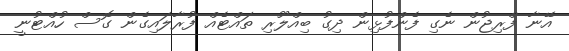
އޭނާ ފްރިޖުން ނެގި ފެންފުޅިން ދިގު ބިއްލޫރި ތައްޓެއް ފުރާލައިގެން ގޮސް ހުއްޓުނީ